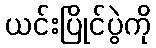
ယင်းပြိုင်ပွဲကို